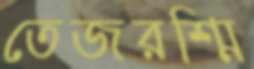
তেজরশ্মি